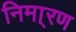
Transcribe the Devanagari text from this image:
निमा्रण